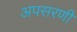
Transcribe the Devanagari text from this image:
अपसरणी